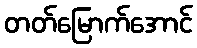
တတ်မြောက်အောင်